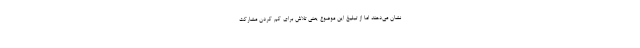
نشان می‌دهند اما از تبلیغ این موضوع یعنی تلاش برای کم کردن مشارکت